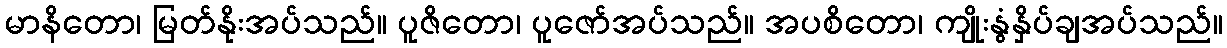
မာနိတော၊ မြတ်နိုးအပ်သည်။ ပူဇိတော၊ ပူဇော်အပ်သည်။ အပစိတော၊ ကျိုးနွံနှိပ်ချအပ်သည်။